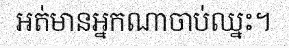
អត់មានអ្នកណាចាប់ឈ្នះ។